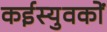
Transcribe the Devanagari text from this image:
कईस्युवकों